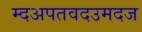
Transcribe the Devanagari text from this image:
म्दअपतवदउमदज